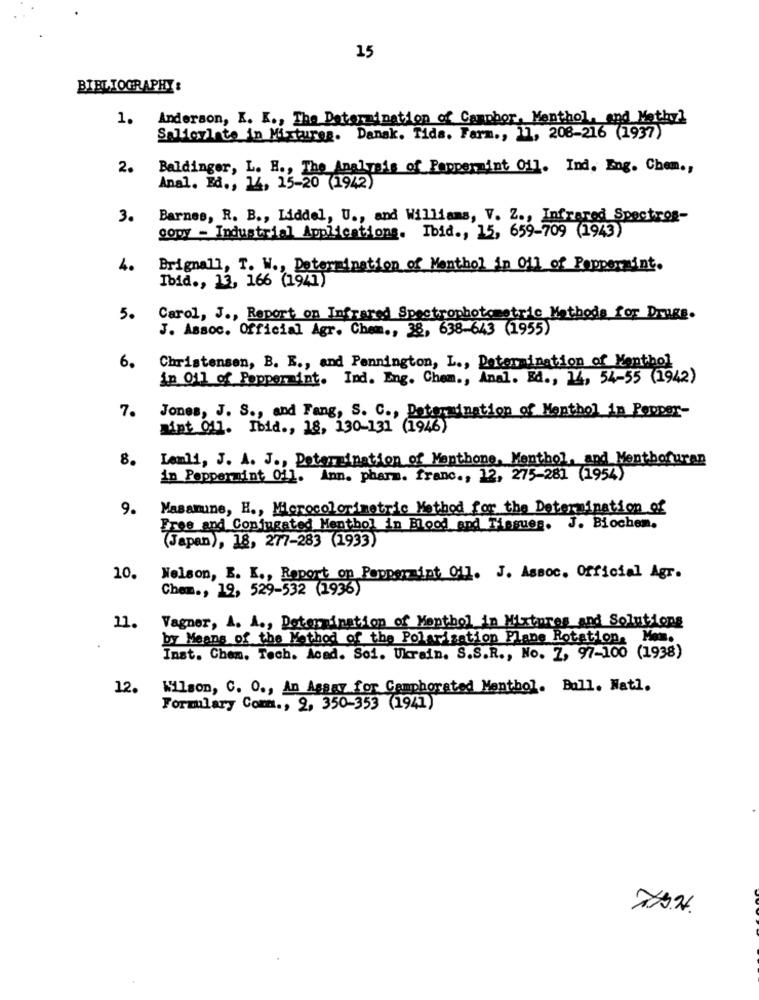
15
BIBLIOGRAPHY :
1. Anderson, K. K ., The Determination of Camphor, Menthol, and Methy]
Saldoviate in Mixtures. Dansk. Tida. Farm ., 11, 208-216 (1937)
2.
Baldinger, L. H ., The Analysis of Peppermint Oil. Ind. Eng. Chem .,
Anal. Ed ., 14, 15-20 (1942)
3.
Barnes, R. B ., Liddel, U ., and Williams, V. Z ., Infrared Spectrog-
copy - Industrial Applications. Ibid ., 15, 659-709 (1943)
4.
Brignall, T. W ., Determination of Menthol in 011 of Peppermint.
Ibid ., 13, 166 (1941)
5.
Carol, J ., Report on Infrared Spectrophotometric Methode for Drugs.
J. Assoc. Official Agr. Chem ., 38, 638-643 (1955)
Christensen, B. K ., and Pennington, L ., Determination of Menthol
6.
in Oil of Peppermint. Ind. Eng. Chem ., Anal. Ed ., 14, 54-55 (1942)
7.
Jones, J. S ., and Fang, S. C ., Determination of Menthol in Pepper-
nipt Of1. Ibid ., 18, 130-131 (1946)
8.
Lemli, J. A. J ., Determination of Mapthone, Menthol, and Menthofuran
in Peppermint 01]. Ann. pharm. franc ., 12, 275-281 (1954)
9.
Masamune, H ., Microcolorimetric Method for the Determination of
Free and Conjugated Menthol in Blood and Tissues. J. Biochem.
(Japan), 18, 277-283 (1933)
10.
Nelson, E. K ., Report on Peppermint Oil. J. Assoc. Official Agr.
Chem ., 19, 529-532 (1936)
Vagner, A. A ., Determination of Menthol in Mixtures and Solutions
11.
by Means of the Method of the Polarization Plane Rotation, Mom.
Inst. Chem. Tech. Acad. Soi. Ukrain. S.S.R ., No. 7, 97-100 (1938)
12.
Wilson, C. O ., An Aggay for Camphorated Menthol. Ball. Nati.
Formulary Comm ., 2, 350-353 (1941)